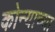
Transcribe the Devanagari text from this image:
कोन्याच्या